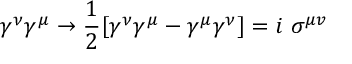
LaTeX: \gamma ^ { \nu } \gamma ^ { \mu } \to { \frac { 1 } { 2 } } [ \gamma ^ { \nu } \gamma ^ { \mu } - \gamma ^ { \mu } \gamma ^ { \nu } ] = i ~ \sigma ^ { \mu v }